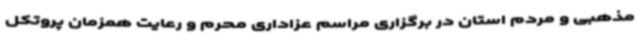
مذهبی و مردم استان در برگزاری مراسم عزاداری محرم و رعایت همزمان پروتکل